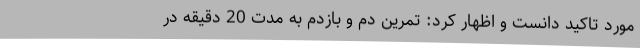
مورد تاکید دانست و اظهار کرد: تمرین دم و بازدم به مدت 20 دقیقه در